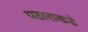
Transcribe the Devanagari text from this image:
पठाराकडे